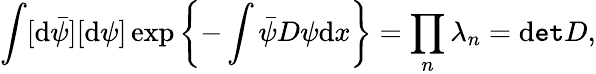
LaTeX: \int[\mathrm{d}\bar{{\psi}}][\mathrm{d}\psi]\exp\left\{ -\int\bar{{\psi}}D\psi\mathrm{d}x\right\} =\prod_{n}\lambda_{n}={\tt\mathrm{d}et}D,